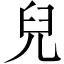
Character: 兒